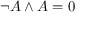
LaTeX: \neg A \land A = 0